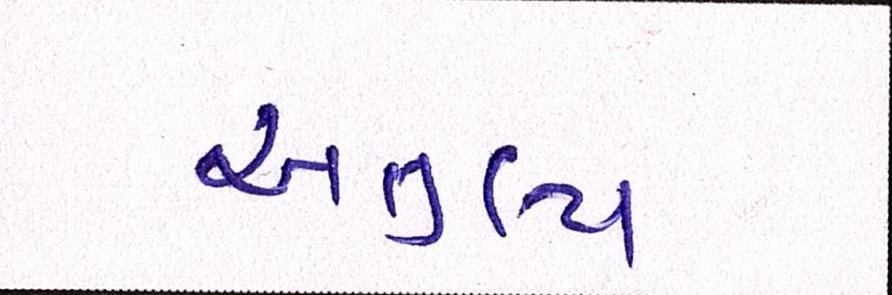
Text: અતુલ્ય